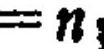
\(u =\)